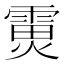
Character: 𮦟